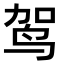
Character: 𫛤